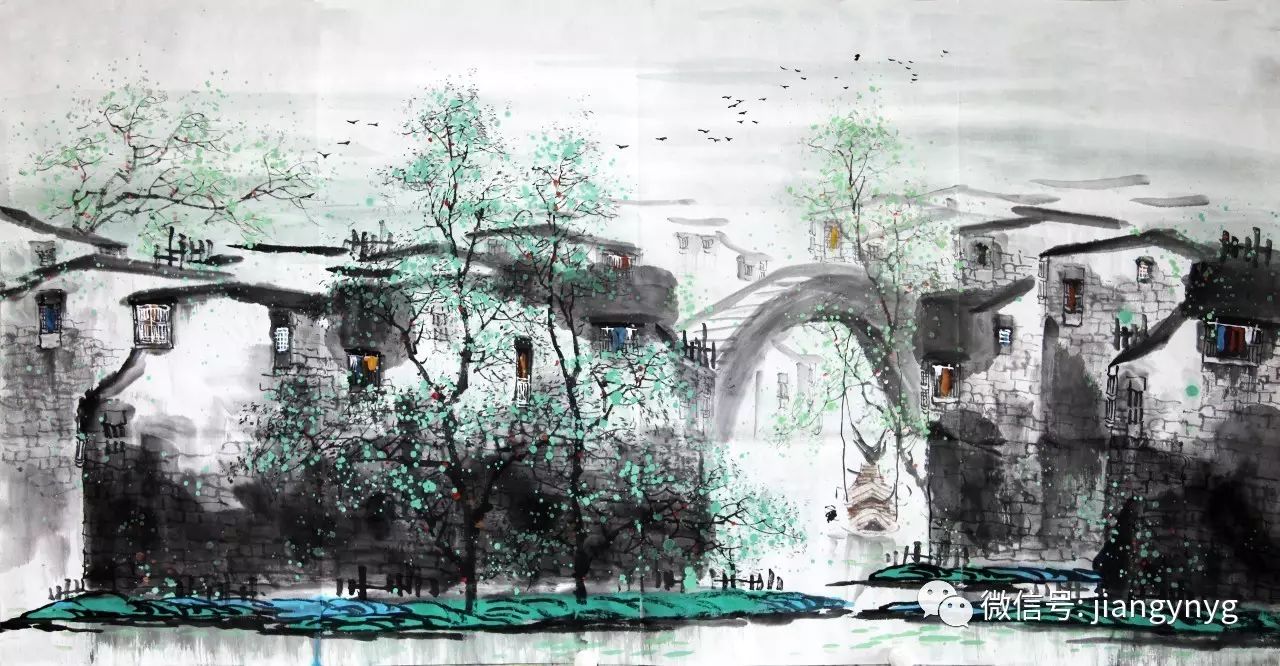
青女素娥俱耐冷，月中霜里斗婵娟。